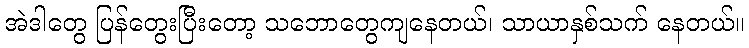
အဲဒါတွေ ပြန်တွေးပြီးတော့ သဘောတွေကျနေတယ်၊ သာယာနှစ်သက် နေတယ်။